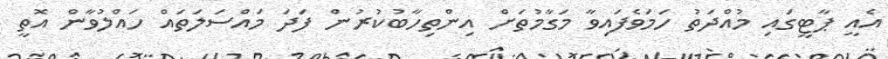
އެއީ ޕާޓީގައި މުއްދަތު ހަމަވެފައިވާ މަގާމުތަށް އިންތިހާބުކުރުން ފަދަ މައްސަލަތައް ހައްލުވާން އޮތީ